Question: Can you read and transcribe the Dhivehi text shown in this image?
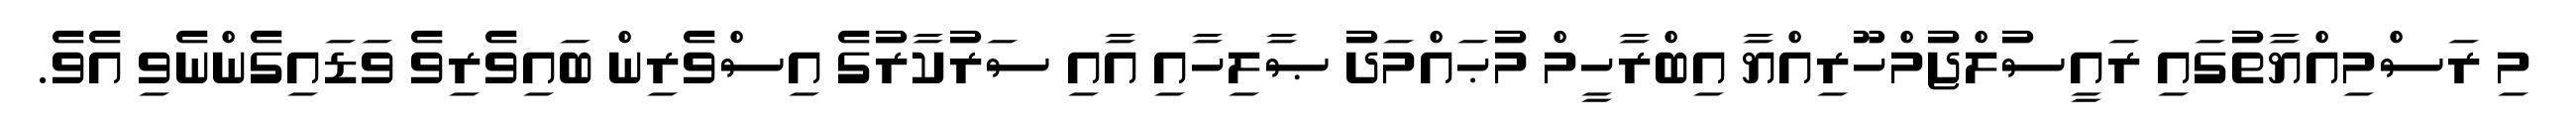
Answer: މި ރަސްމިއްޔާތުގައި ރައީސުލްޖުމްހޫރިއްޔާ އިބްރާހީމް މުޙައްމަދު ޞާލިހާއި އާއި ސަރުކާރުގެ އިސްވެރިން ބައިވެރިވެ ވަޑައިގެންނެވި އެވެ.